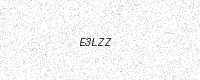
Text: E3LZZ